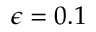
\epsilon = 0 . 1